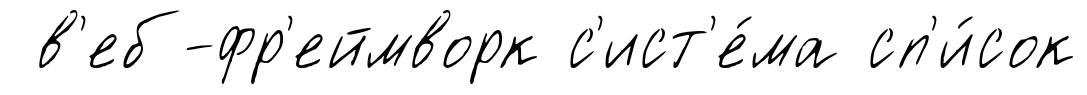
в'еб-фр'еймворк с'ист'е́ма сп'и́сок